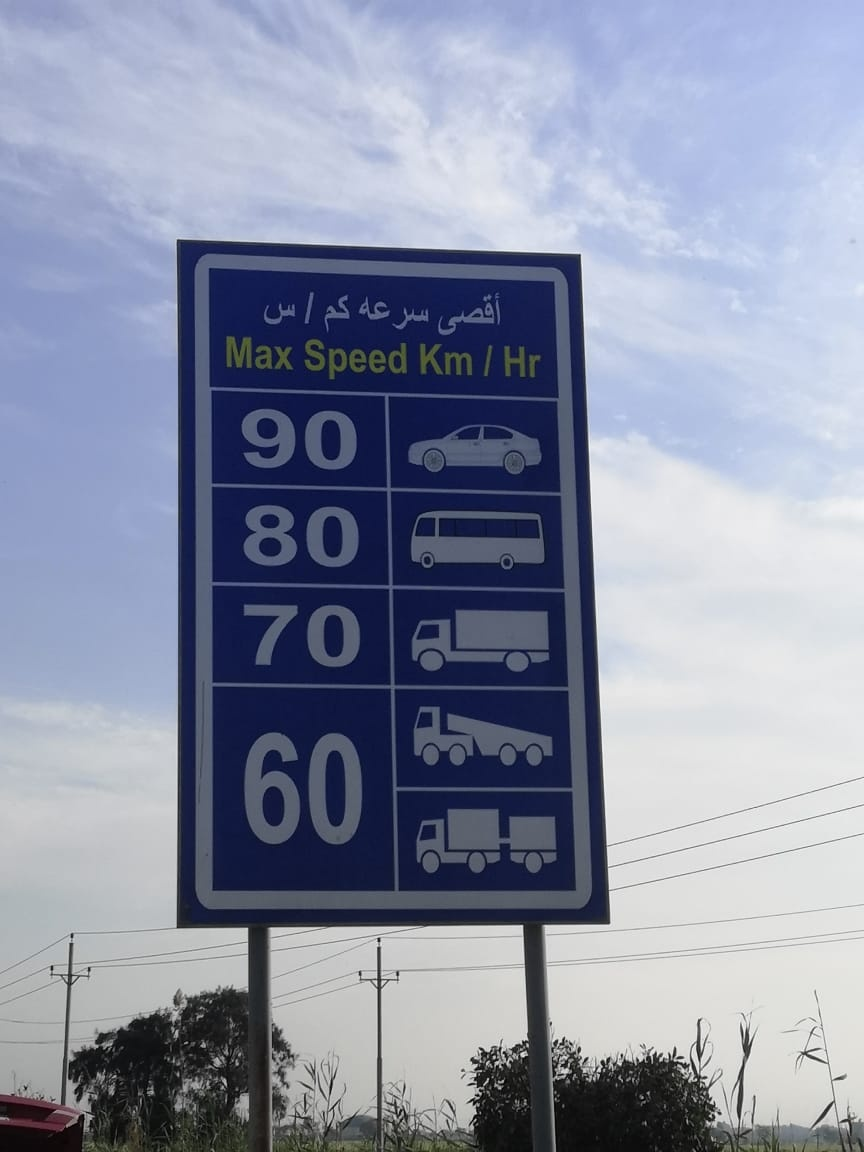
Text in image: 90 80 70 60